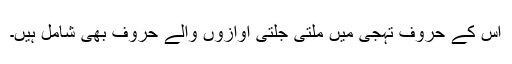
اس کے حروف تہجی میں ملتی جلتی آوازوں والے حروف بھی شامل ہیں۔